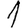
Digit: 1